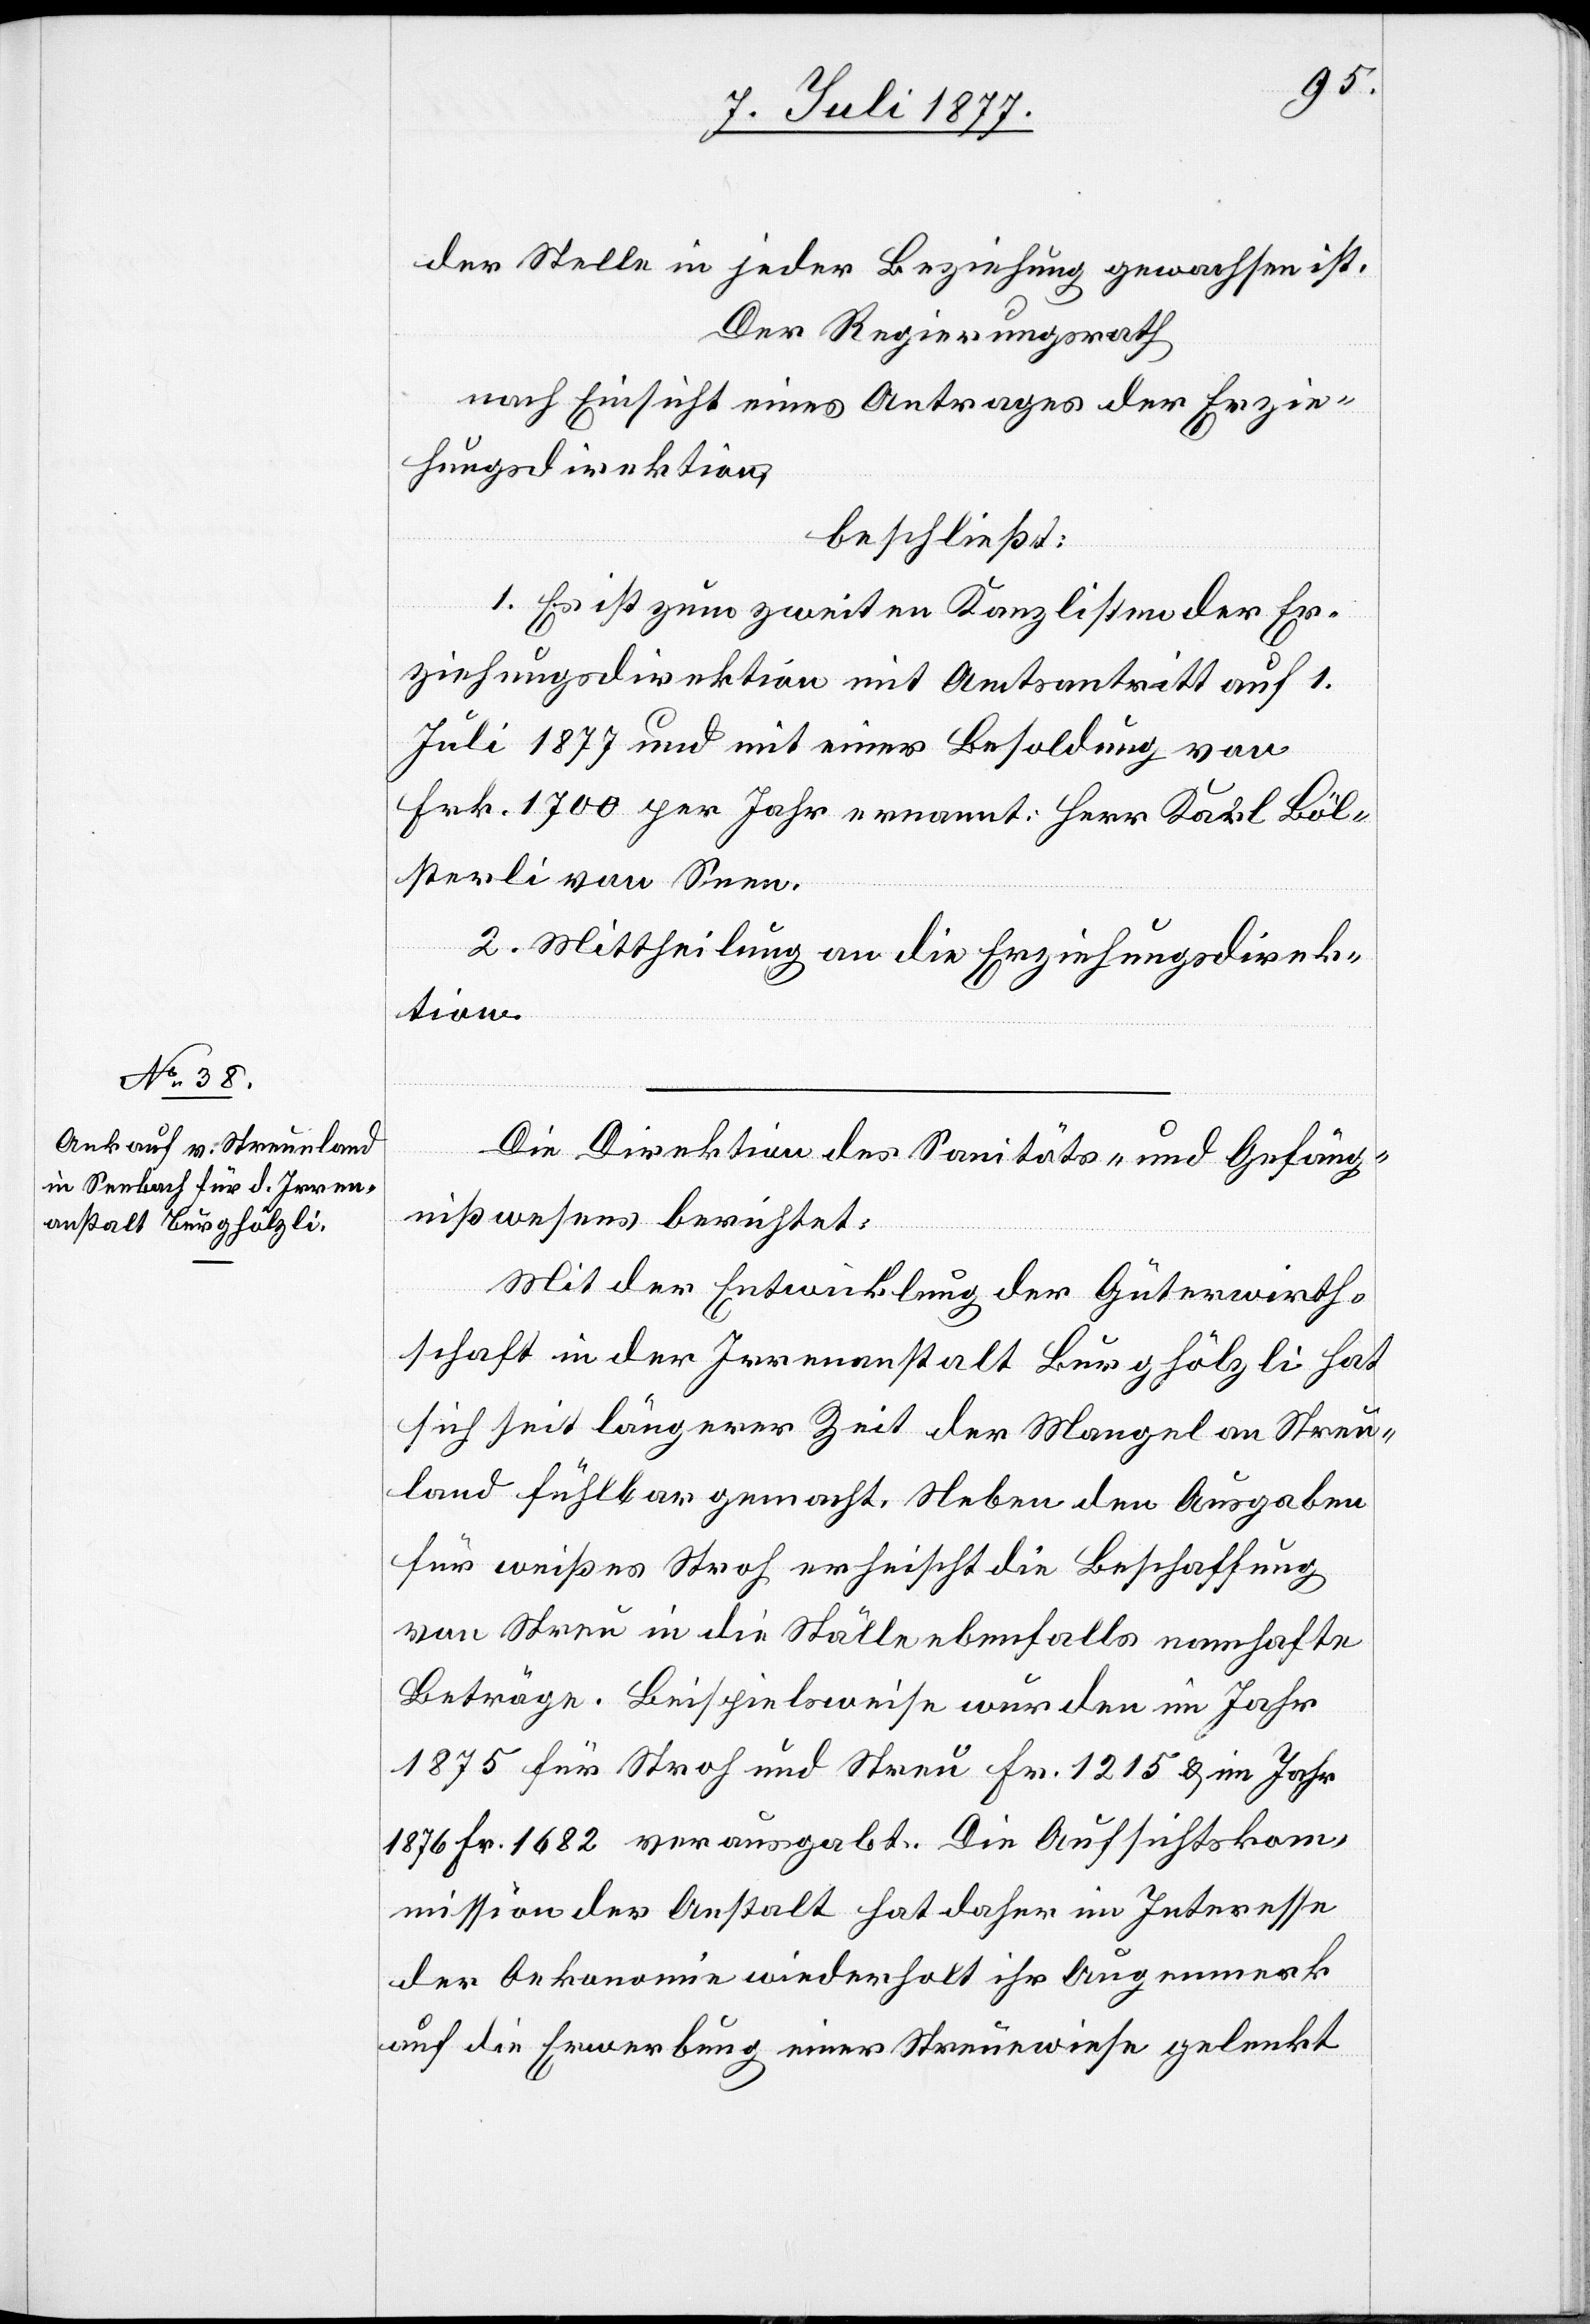
der Stelle in jeder Beziehung gewachsen ist.
Der Regierungsrath
nach Einsicht eines Antrages der Erzie¬
hungsdirektion,
beschließt:
1. Es ist zum zweiten Kanzlisten der Er¬
ziehungsdirektion mit Amtsantritt auf 1.
Juli 1877 und mit einer Besoldung von
Frk. 1700 per Jahr ernannt: Herr Karl Böl¬
sterli von Seen.
2. Mittheilung an die Erziehungsdirek¬
tion.
Die Direktion des Sanitäts- und Gefäng¬
nißwesens berichtet:
Mit der Entwicklung der Güterwirth¬
schaft in der Irrenanstalt Burghölzli hat
sich seit längerer Zeit der Mangel an Streu¬
land fühlbar gemacht. Neben den Ausgaben
für weißes Stroh erheischt die Beschaffung
von Streu in die Ställe ebenfalls namhafte
Beträge. Beispielsweise wurden im Jahr
1875 für Stroh und Streu Fr. 1215 & im Jahr
1876 Fr. 1682 verausgabt. Die Aufsichtskom¬
mission der Anstalt hat daher im Interesse
der Oekonomie wiederholt ihr Augenmerk
auf die Erwerbung einer Streuewiese gelenkt